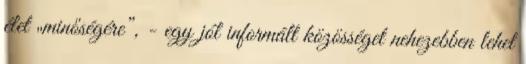
élet „minőségére”, - egy jól informált közösséget nehezebben lehet